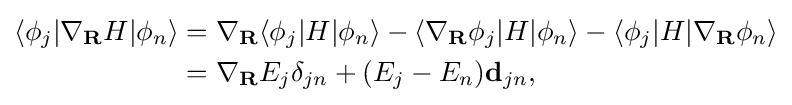
{\begin{aligned}\langle \phi _{j}|\nabla _{\mathbf {R} }H|\phi _{n}\rangle &=\nabla _{\mathbf {R} }\langle \phi _{j}|H|\phi _{n}\rangle -\langle \nabla _{\mathbf {R} }\phi _{j}|H|\phi _{n}\rangle -\langle \phi _{j}|H|\nabla _{\mathbf {R} }\phi _{n}\rangle \\&=\nabla _{\mathbf {R} }E_{j}\delta _{jn}+(E_{j}-E_{n})\mathbf {d} _{jn},\end{aligned}}